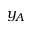
y _ { A }